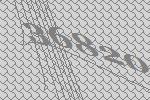
36820